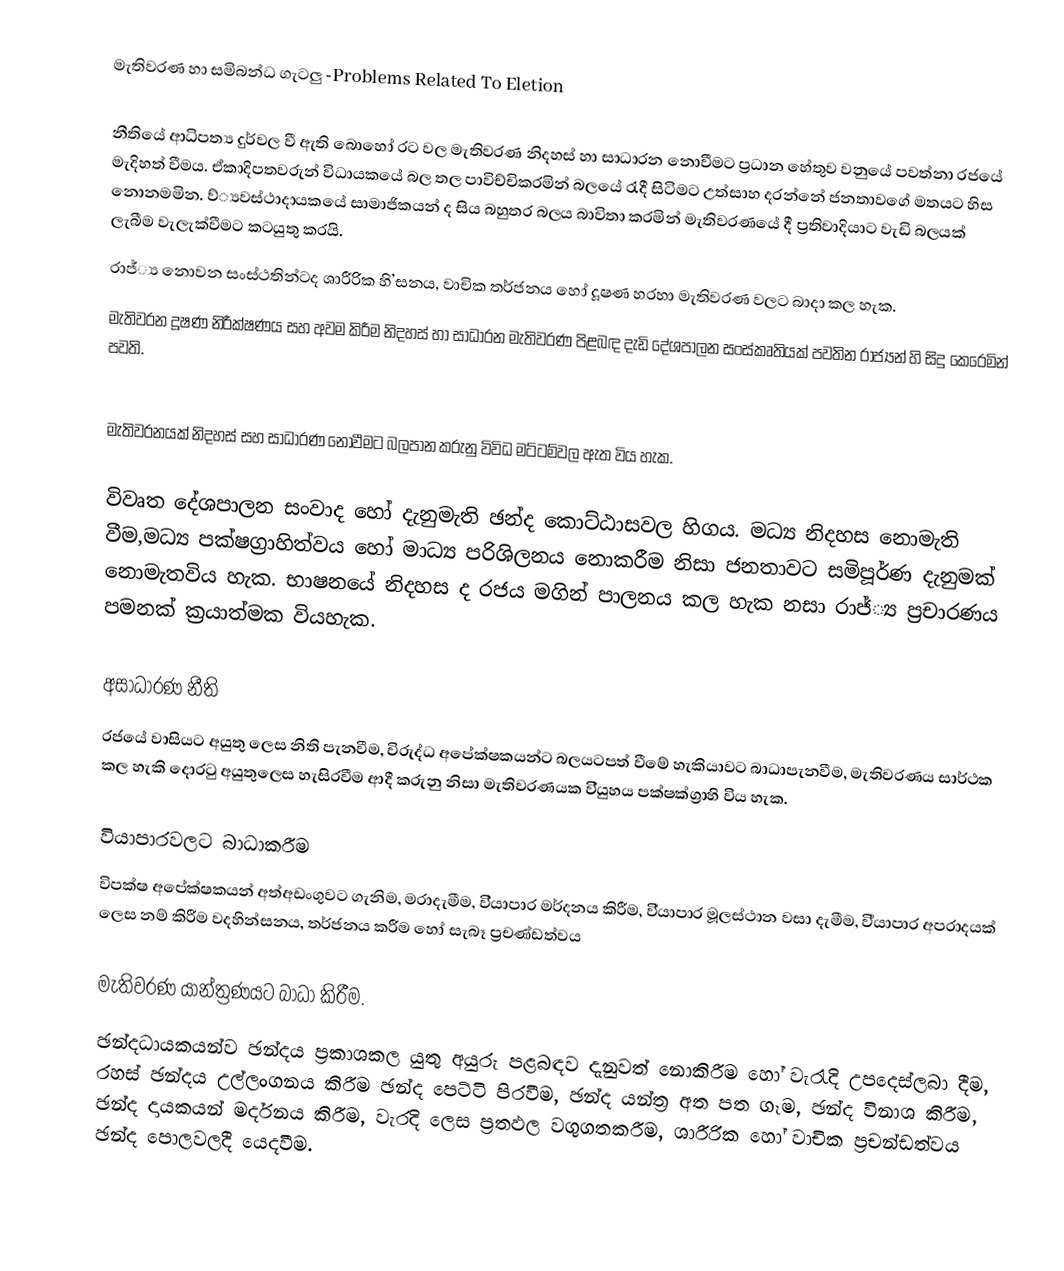
මැතිවරණ හා සමිබන්ධ ගැටලු -Problems Related To Eletion

නීතියේ ආධිපත්‍ය දුර්වල වී ඇති බොහෝ රට වල මැතිවරණ නිදහස් හා සාධාරන නොවීමට ප්‍රධාන හේතුව වනුයේ පවත්නා රජයේ මැදිහත් වීමය. ඒකාදිපතවරුන් විධායකයේ බල තල පාවිච්චිකරමින් බලයේ රැදී සිටිමට උත්සාහ දරන්නේ ජනතාවගේ මතයට හිස නොනමමින. ව්‍්‍යවස්ථාදායකයේ සාමාජිකයන් ද සිය බහුතර බලය බාවිතා කරමින් මැතිවරණයේ දී ප්‍රතිවාදියාට වැඩි බලයක් ලැබීම වැලැක්වීමට කටයුතු කරයි.
රාජ්‍්‍ය නොවන සංස්ථතින්ටද ශාරීරික හි’සනය, වාචික තර්ජනය හෝ දූෂණ හරහා මැතිවරණ වලට බාදා කල හැක.
මැතිවරන දූෂණ නිරීක්ෂණය සහ අවම කිරීම නිදහස් හා සාධාරන මැතිවරණ පිළබඳ දැඩි දේශපාලන සංස්කෘතියක් පවතින රාජ්‍යන් හි සිදු කෙරෙමින් පවති.

මැතිවරනයක් නිදහස් සහ සාධාරණ නොවීමට බලපාන කරුනු විවිධ මට්ටම්වල ඇත විය හැක.

 විවෘත දේශපාලන සංවාද හෝ දැනුමැති ඡන්ද කොට්ඨාසවල හිගය. මධ්‍ය නිදහස නොමැති වීම,මධ්‍ය පක්ෂග්‍රාහිත්වය හෝ මාධ්‍ය පරිශිලනය නොකරීම නිසා ජනතාවට සමිපූර්ණ දැනුමක් නොමැතවිය හැක. භාෂනයේ නිදහස ද රජය මගින් පාලනය කල හැක නසා රාජ්‍්‍ය ප්‍රචාරණය පමනක් ක්‍රයාත්මක වියහැක.

 අසාධාරණ නීති
රජයේ වාසියට අයුතු ලෙස නිති පැනවීම, විරුද්ධ අපේක්ෂකයන්ට බලයටපත් වීමේ හැකියාවට බාධාපැනවීම, මැතිවරණය සාර්ථක කල හැකි දොරටු අයුතුලෙස හැසිරවීම ආදී කරුනු නිසා මැතිවරණයක වි්‍යුහය පක්ෂක්ග්‍රාහි විය හැක.

 වියාපාරවලට බාධාකරීම
විපක්ෂ අපේක්ෂකයන් අත්අඩංගුවට ගැනිම, මරාදැමීම, වි්‍යාපාර මර්දනය කිරීම, වි්‍යාපාර මූලස්ථාන වසා දැමීම, වි්‍යාපාර අපරාදයක් ලෙස නම් කිරීම වදහින්සනය, තර්ජනය කරීම හෝ සැබෑ ප්‍රචණ්ඩත්වය

 මැතිවරණ යාන්ත්‍රණයට බාධා කිරීම.
ඡන්දධායකයන්ව ඡන්දය ප්‍රකාශකල යුතු අයුරු පළබඳව දැනුවත් නොකිරීම හෝ වැරැදි උපදෙස්ලබා දීම, රහස් ඡන්දය උල්ලංගනය කිරීම ඡන්ද පෙට්ටි පිරවීම, ඡන්ද යන්ත්‍ර අත පත ගෑම, ඡන්ද විනාශ කිරීම, ඡන්ද දායකයන් මර්දනය කිරීම, වැරදි ලෙස ප්‍රතඵල වගුගතකරීම, ශාරීරික හෝ වාචික ප්‍රචන්ඩත්වය ඡන්ද පොලවලදී ‍යෙදවීම.